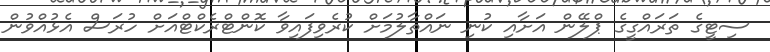
ސިޓީގެ ތަރައްގީގެ ޕްލޭން އަށާއި ކުނި ނައްތާލުމަށް ކުރެވިފައިވާ ކޮންޓްރެކްޓްއަށް ހުރަސް އެޅުއްވުން